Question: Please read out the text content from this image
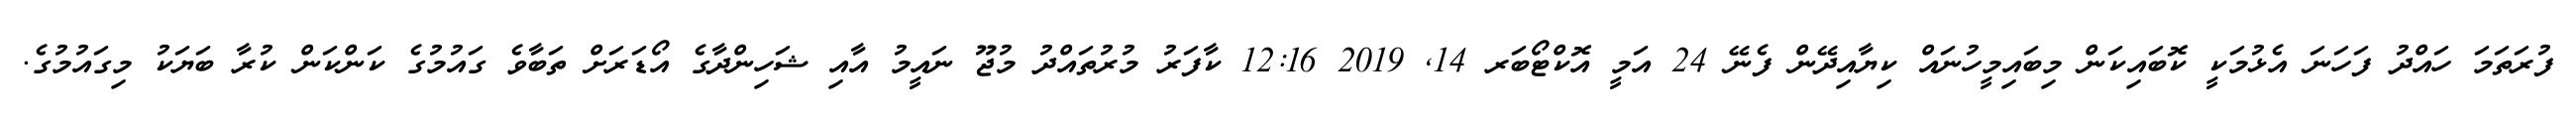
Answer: ފުރަތަމަ ހައްދު ފަހަނަ އެޅުމަކީ ކޮބައިކަން މިބައިމީހުނައް ކިޔާއިދޭން ފެނޭ 24 އަމީ އޮކްޓޯބަރ 14, 2019 12:16 ކާފަރު މުރުތައްދު މުޖޫ ނައީމު އާއި ޝަހިންދާގެ އޯޑަރަށް ތަބާވެ ގައުމުގެ ކަންކަން ކުރާ ބަޔަކު މިގައުމުގެ.